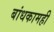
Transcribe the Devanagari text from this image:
बांधकामही